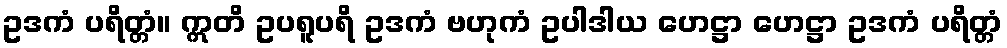
ဥဒကံ ပရိတ္တံ။ ဣတိ ဥပရူပရိ ဥဒကံ ဗဟုကံ ဥပါဒါယ ဟေဋ္ဌာ ဟေဋ္ဌာ ဥဒကံ ပရိတ္တံ